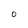
Character: O